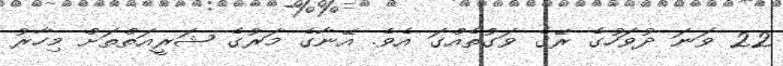
22 ވަނަ ދުވަހުގެ ރޭގެ ވަގުތެއްގަ އެވެ. އޭނާގެ މަރުގެ ޝަރީއަތްތަށް މިހާރު